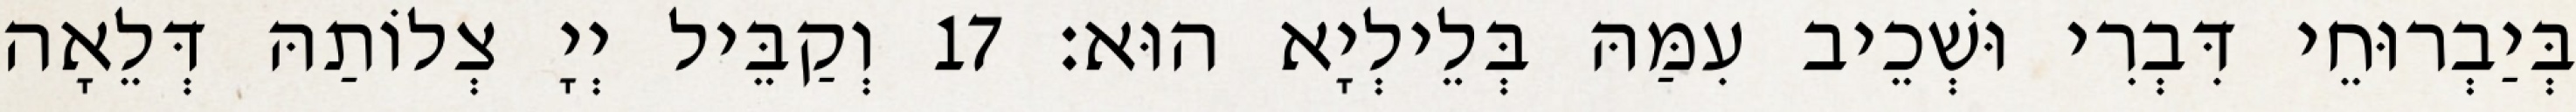
בְּיַבְרוּחֵי דִּבְרִי וּשְׁכֵיב עִמַּהּ בְּלֵילְיָא הוּא׃ 17 וְקַבֵּיל יְיָ צְלוֹתַהּ דְּלֵאָה